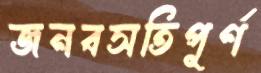
জনবসতিপূর্ণ